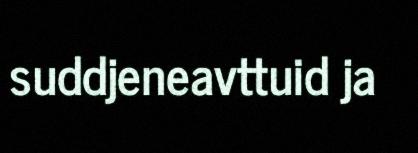
suddjeneavttuid ja